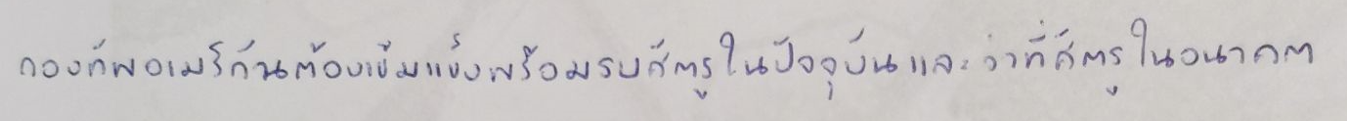
กองทัพอเมริกันต้องเข้มแข็งพร้อมรบศัตรูในปัจจุบันและว่าที่ศัตรูในอนาคต